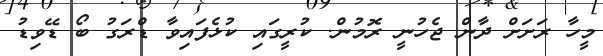
މީހާ ރަށަށް ދާން ޖެހުނީ ރޮމުން. ކުރީގައި ކުޅެފައިވާ ޑްރަގު ބޯ ޑޭވިޑު